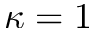
\kappa = 1